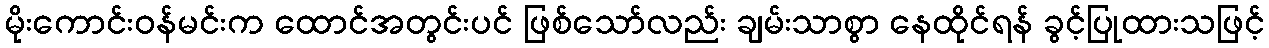
မိုးကောင်းဝန်မင်းက ထောင်အတွင်းပင် ဖြစ်သော်လည်း ချမ်းသာစွာ နေထိုင်ရန် ခွင့်ပြုထားသဖြင့်